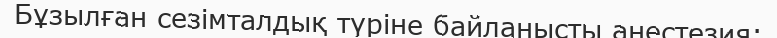
Бұзылған сезімталдық түріне байланысты анестезия: